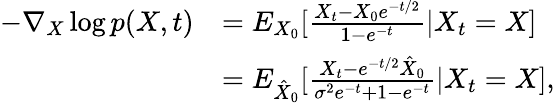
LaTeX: \begin{array}{rl}{-\nabla_{X}\log p(X,t)}&{=E_{X_{0}}[\frac{X_{t}-X_{0}e^{-t/2}}{1-e^{-t}}|X_{t}=X]}\\ &{=E_{\hat{X}_{0}}[\frac{X_{t}-e^{-t/2}\hat{X}_{0}}{\sigma^{2}e^{-t}+1-e^{-t}}|X_{t}=X],}\end{array}